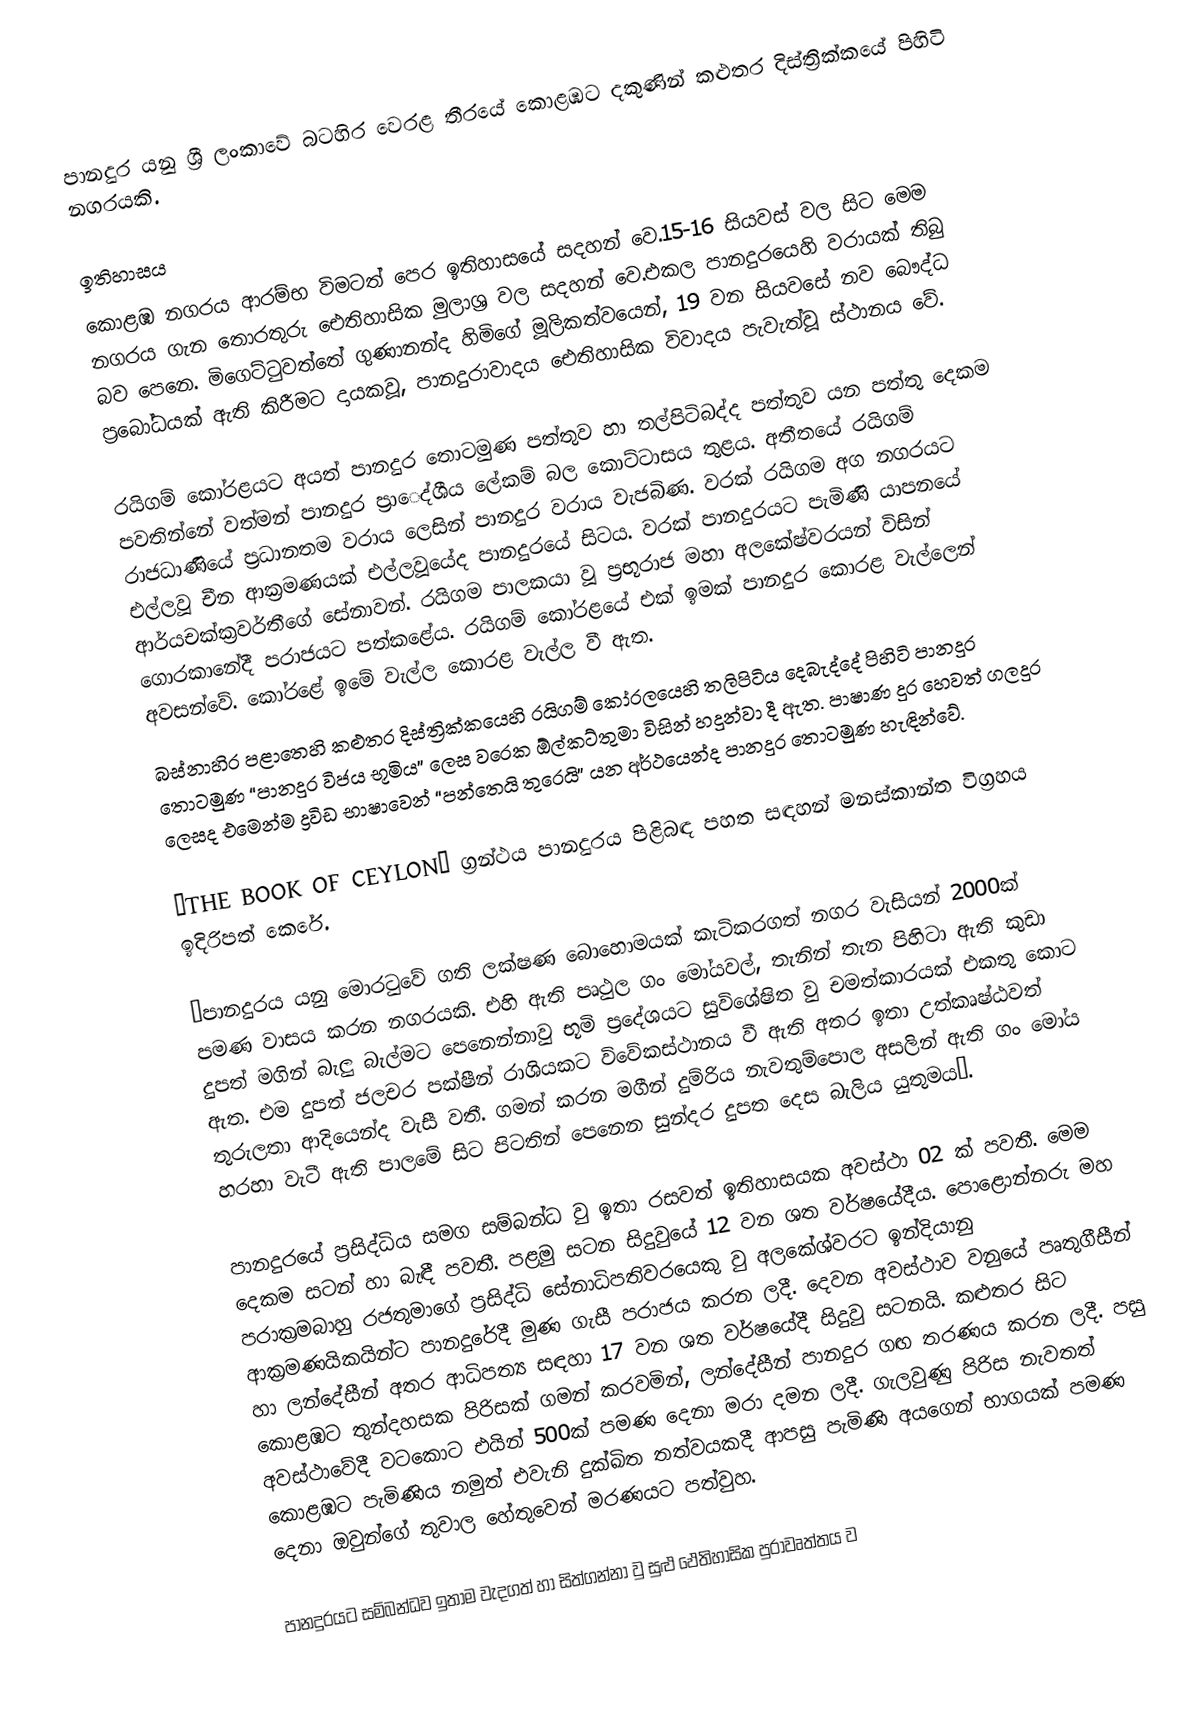
පානදුර යනු ශ්‍රී ලංකාවේ බටහිර වෙරළ තීරයේ කොළඹට දකුණින් කළුතර දිස්ත්‍රික්කයේ පිහිටි නගරයකි.

ඉතිහාසය
කොළඹ නගරය ආරම්භ විමටත් පෙර ඉතිහාසයේ සදහන් වෙ.15-16 සියවස් වල සිට මෙම නගරය ගැන තොරතුරු  ඓතිහාසික මුලාශ්‍ර වල සදහන් වෙ.එකල පානදුරයෙහි වරායක් තිබු බව පෙනෙ. මිගෙට්ටුවත්තේ ගුණානන්ද හිමිගේ මූලිකත්වයෙන්, 19 වන සියවසේ නව බෞද්ධ ප්‍රබෝධයක් ඇති කිරීමට දායකවූ,  පානදුරාවාදය ඓතිහාසික විවාදය පැවැත්වූ ස්ථානය වේ.

රයිගම් කෝරළයට අයත් පානදුර තොටමුණ පත්තුව හා තල්පිටිබද්ද පත්තුව යන පත්තු දෙකම පවතින්නේ වත්මන් පානදුර ප්‍රාෙද්ශීය ලේකම් බල කොට්ටාසය තුළය. අතීතයේ රයිගම් රාජධාණියේ ප්‍රධානතම වරාය ලෙසින් පානදුර වරාය වැජබිණ. වරක් රයිගම අග නගරයට එල්ලවූ චීන ආක්‍රමණයක් එල්ලවූයේද පානදුරයේ සිටය. වරක් පානදුරයට පැමිණි යාපනයේ ආර්යචක්ක්‍රවර්තීගේ සේනාවන්. රයිගම පාලකයා වූ ප්‍රභූරාජ මහා අලකේෂ්වරයන් විසින් ගොරකානේදී පරාජයට පත්කළේය. රයිගම් කෝරළයේ එක් ඉමක් පානදුර කොරළ වැල්ලෙන් අවසන්වේ. කෝරළේ ඉමේ වැල්ල කොරළ වැල්ල වී ඇත.
බස්නාහිර පළාතෙහි කළුතර දිස්ත්‍රික්කයෙහි රයිගම් කෝරලයෙහි තලිපිටිය දෙබැද්දේ පිහිටි පානදුර තොටමුණ “පානදුර විජය භූමිය” ලෙස වරෙක ඕල්කට්තුමා විසින් හදුන්වා දී ඇත. පාෂාණ දුර හෙවත් ගලදුර ලෙසද එමෙන්ම ද්‍රවිඩ භාෂාවෙන් “පන්තෙයි තුරෙයි” යන අර්ථයෙන්ද පානදුර තොටමුණ හැඳින්වේ.

“THE BOOK OF CEYLON” ග්‍රන්ථය පානදුරය පිළිබඳ පහත සඳහන් මනස්කාන්ත විග්‍රහය ඉදිරිපත් කෙරේ.

“පානදුරය යනු මොරටුවේ ගති ලක්ෂණ බොහොමයක් කැටිකරගත් නගර වැසියන් 2000ක් පමණ වාසය කරන නගරයකි. එහි ඇති පෘථුල ගං මෝයවල්, තැනින් තැන පිහිටා ඇති කුඩා දුපත් මගින් බැලු බැල්මට පෙනෙන්නාවු භූමි ප්‍රදේශයට සුවිශේෂිත වු චමත්කාරයක් එකතු කොට ඇත. එම දුපත් ජලචර පක්ෂීන් රාශියකට විවේකස්ථානය වී ඇති අතර ඉතා උත්කෘෂ්ඨවත් තුරුලතා ආදියෙන්ද වැසී වතී. ගමන් කරන මගීන් දුම්රිය නැවතුම්පොල අසලින් ඇති ගං මෝය හරහා වැටී ඇති පාලමේ සිට පිටතින් පෙනෙන සුන්දර දුපත දෙස බැලිය යුතුමය”.

පානදුරයේ ප්‍රසිද්ධිය සමග සම්බන්ධ වු ඉතා රසවත් ඉතිහාසයක අවස්ථා 02 ක් පවතී. මෙම දෙකම සටන් හා බැඳී පවතී. පළමු සටන සිදුවුයේ 12 වන ශත වර්ෂයේදීය. පොළොන්නරු මහ පරාක්‍රමබාහු රජතුමාගේ ප්‍රසිද්ධි සේනාධිපතිවරයෙකු වු අලකේශ්වරට ඉන්දියානු ආක්‍රමණයිකයින්ට පානදුරේදී මුණ ගැසී පරාජය කරන ලදී. දෙවන අවස්ථාව වනුයේ පෘතුගීසීන් හා ලන්දේසීන් අතර ආධිපත්‍ය සඳහා 17 වන ශත වර්ෂයේදී සිදුවු සටනයි. කළුතර සිට කොළඹට තුන්දහසක පිරිසක් ගමන් කරවමින්, ලන්දේසීන් පානදුර ගඟ තරණය කරන ලදී. පසු අවස්ථාවේදී වටකොට එයින් 500ක් පමණ දෙනා මරා දමන ලදී. ගැලවුණු පිරිස නැවතත් කොළඹට පැමිණිය නමුත් එවැනි දුක්ඛිත තත්වයකදී ආපසු පැමිණි අයගෙන් භාගයක් පමණ දෙනා ඔවුන්ගේ තුවාල හේතුවෙන් මරණයට පත්වුහ.

පානදුරයට සම්බන්ධව ඉතාම වැදගත් හා සිත්ගන්නා වු සුළු ඵෙතිහාසික පුරාවෘත්තය ව